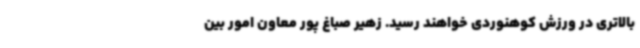
بالاتری در ورزش کوهنوردی خواهند رسید. زهیر صباغ پور معاون امور بین